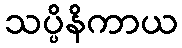
သပ္ပိနိကာယ